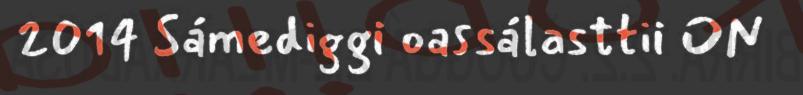
2014 Sámediggi oassálasttii ON